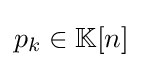
{\textstyle p_{k}\in \mathbb {K} [n]}